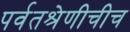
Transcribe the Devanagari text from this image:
पर्वतश्रेणीचीच